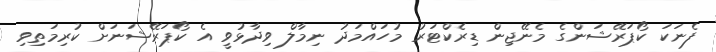
ފެނަކަ ކޯޕަރޭޝަންގެ މެނޭޖިން ޑިރެކްޓަރު މުހައްމަދު ނިމާލް ވިދާޅުވީ އެ ކޯޕަރޭޝަނަށް ކުރިމަތިވި